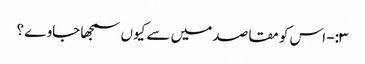
۳:- اس کو مقاصد میں سے کیوں سمجھا جاوے؟